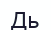
Дь